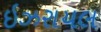
ઇઝરાયલ